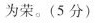
为荣。(5分)